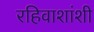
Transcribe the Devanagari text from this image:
रहिवाशांशी